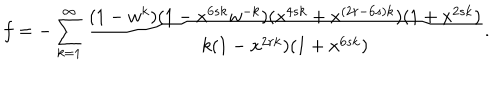
f = - \sum _ { k = 1 } ^ { \infty } \frac { ( 1 - w ^ { k } ) ( 1 - x ^ { 6 s k } w ^ { - k } ) ( x ^ { 4 s k } + x ^ { ( 2 r - 6 s ) k } ) ( 1 + x ^ { 2 s k } ) } { k ( 1 - x ^ { 2 r k } ) ( 1 + x ^ { 6 s k } ) } .